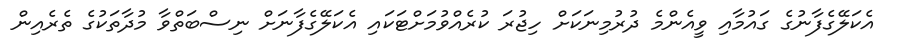
އެކަލޭގެފާނުގެ ގައުމާއި ވީއެންމެ ދުރުމިނަކަށް ހިޖުރަ ކުރެއްވުމަށްޓަކައި އެކަލޭގެފާނަށް ނިސްބަތްވާ މުދާތަކުގެ ތެރެއިން